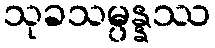
သုခသမ္ပန္နဿ